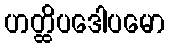
ဟတ္ထိပဒေါပမော